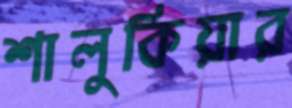
শালুকিয়ার